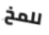
للمخ